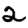
Digit: 2